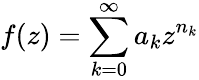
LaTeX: f(z)=\sum_{k=0}^{\infty}a_{k}z^{n_{k}}